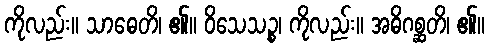
ကိုလည်း။ သာဓေတိ၊ ၏။ ဝိသေသဉ္စ၊ ကိုလည်း။ အဓိဂစ္ဆတိ၊ ၏။